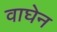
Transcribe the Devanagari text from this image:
वाघेन